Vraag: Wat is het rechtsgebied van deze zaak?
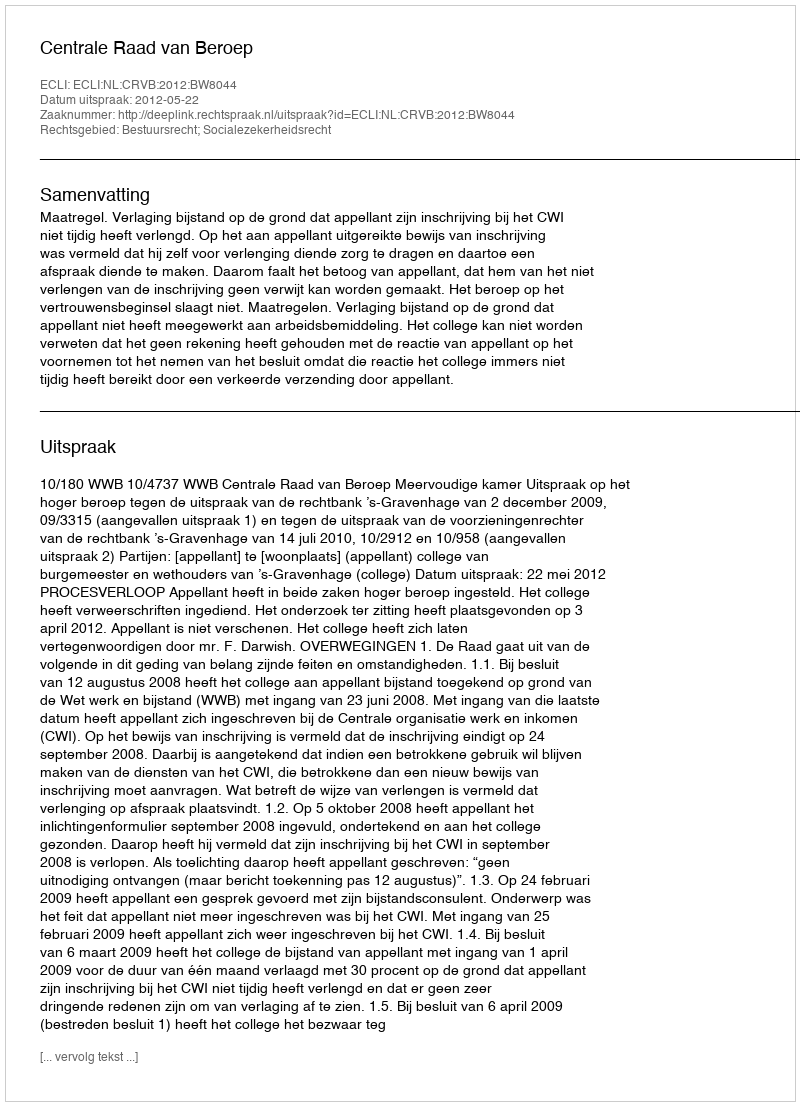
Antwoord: Bestuursrecht; Socialezekerheidsrecht